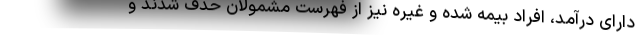
دارای درآمد، افراد بیمه شده و غیره نیز از فهرست مشمولان حذف شدند و